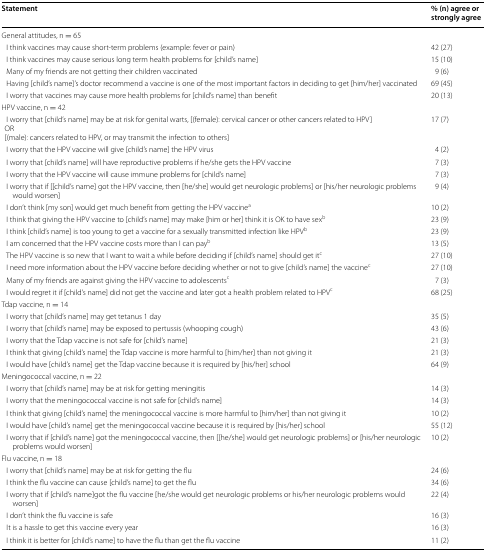
<table><thead><tr><td><b>Statement</b></td><td><b>% (n) agree or strongly agree</b></td></tr></thead><tbody><tr><td colspan="2">General attitudes, n = 65</td></tr><tr><td> I think vaccines may cause short-term problems (example: fever or pain)</td><td>42 (27)</td></tr><tr><td> I think vaccines may cause serious long term health problems for [child’s name]</td><td>15 (10)</td></tr><tr><td> Many of my friends are not getting their children vaccinated</td><td>9 (6)</td></tr><tr><td> Having [child’s name]’s doctor recommend a vaccine is one of the most important factors in deciding to get [him/her] vaccinated</td><td>69 (45)</td></tr><tr><td> I worry that vaccines may cause more health problems for [child’s name] than benefit</td><td>20 (13)</td></tr><tr><td colspan="2">HPV vaccine, n = 42</td></tr><tr><td> I worry that [child’s name] may be at risk for genital warts, [(female): cervical cancer or other cancers related to HPV]OR[(male): cancers related to HPV, or may transmit the infection to others]</td><td>17 (7)</td></tr><tr><td> I worry that the HPV vaccine will give [child’s name] the HPV virus</td><td>4 (2)</td></tr><tr><td> I worry that [child’s name] will have reproductive problems if he/she gets the HPV vaccine</td><td>7 (3)</td></tr><tr><td> I worry that the HPV vaccine will cause immune problems for [child’s name]</td><td>7 (3)</td></tr><tr><td> I worry that if [[child’s name] got the HPV vaccine, then [he/she] would get neurologic problems] or [his/her neurologic problems would worsen]</td><td>9 (4)</td></tr><tr><td> I don’t think [my son] would get much benefit from getting the HPV vaccine<sup>a</sup></td><td>10 (2)</td></tr><tr><td> I think that giving the HPV vaccine to [child’s name] may make [him or her] think it is OK to have sex<sup>b</sup></td><td>23 (9)</td></tr><tr><td> I think [child’s name] is too young to get a vaccine for a sexually transmitted infection like HPV<sup>b</sup></td><td>23 (9)</td></tr><tr><td> I am concerned that the HPV vaccine costs more than I can pay<sup>b</sup></td><td>13 (5)</td></tr><tr><td> The HPV vaccine is so new that I want to wait a while before deciding if [child’s name] should get it<sup>c</sup></td><td>27 (10)</td></tr><tr><td> I need more information about the HPV vaccine before deciding whether or not to give [child’s name] the vaccine<sup>c</sup></td><td>27 (10)</td></tr><tr><td> Many of my friends are against giving the HPV vaccine to adolescents<sup>c</sup></td><td>7 (3)</td></tr><tr><td> I would regret it if [child’s name] did not get the vaccine and later got a health problem related to HPV<sup>c</sup></td><td>68 (25)</td></tr><tr><td colspan="2">Tdap vaccine, n = 14</td></tr><tr><td> I worry that [child’s name] may get tetanus 1 day</td><td>35 (5)</td></tr><tr><td> I worry that [child’s name] may be exposed to pertussis (whooping cough)</td><td>43 (6)</td></tr><tr><td> I worry that the Tdap vaccine is not safe for [child’s name]</td><td>21 (3)</td></tr><tr><td> I think that giving [child’s name] the Tdap vaccine is more harmful to [him/her] than not giving it</td><td>21 (3)</td></tr><tr><td> I would have [child’s name] get the Tdap vaccine because it is required by [his/her] school</td><td>64 (9)</td></tr><tr><td colspan="2">Meningococcal vaccine, n = 22</td></tr><tr><td> I worry that [child’s name] may be at risk for getting meningitis</td><td>14 (3)</td></tr><tr><td> I worry that the meningococcal vaccine is not safe for [child’s name]</td><td>14 (3)</td></tr><tr><td> I think that giving [child’s name] the meningococcal vaccine is more harmful to [him/her] than not giving it</td><td>10 (2)</td></tr><tr><td> I would have [child’s name] get the meningococcal vaccine because it is required by [his/her] school</td><td>55 (12)</td></tr><tr><td> I worry that if [child’s name] got the meningococcal vaccine, then [[he/she] would get neurologic problems] or [his/her neurologic problems would worsen]</td><td>10 (2)</td></tr><tr><td colspan="2">Flu vaccine, n = 18</td></tr><tr><td> I worry that [child’s name] may be at risk for getting the flu</td><td>24 (6)</td></tr><tr><td> I think the flu vaccine can cause [child’s name] to get the flu</td><td>34 (6)</td></tr><tr><td> I worry that if [child’s name]got the flu vaccine [he/she would get neurologic problems or his/her neurologic problems would worsen]</td><td>22 (4)</td></tr><tr><td> I don’t think the flu vaccine is safe</td><td>16 (3)</td></tr><tr><td> It is a hassle to get this vaccine every year</td><td>16 (3)</td></tr><tr><td> I think it is better for [child’s name] to have the flu than get the flu vaccine</td><td>11 (2)</td></tr></tbody></table>